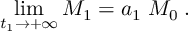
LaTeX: \operatorname * { l i m } _ { t _ { 1 } \rightarrow + \infty } { \cal { M } } _ { 1 } = a _ { 1 } \; { \cal { M } } _ { 0 } \; .